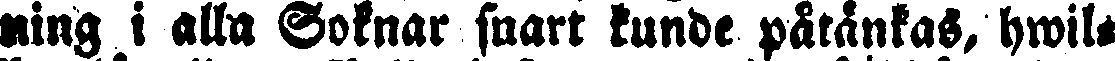
ning i alla Soknar snart kunde påtänkas, hwil-